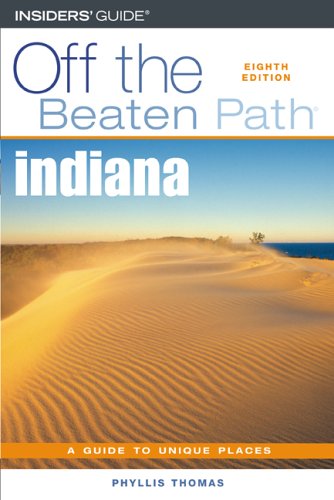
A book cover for Indiana Off the Beaten Path, 8th (Off the Beaten Path Series); Phyllis Thomas; Travel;